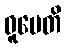
ဓူမေတိ